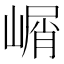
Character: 𰎰